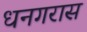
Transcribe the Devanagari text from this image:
धनगरास